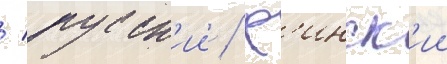
/ русск'ии / ф'инск'ии